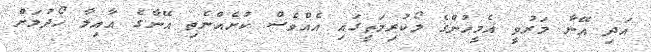
އަދި އޭނާ މަރުވީ އެމީހުންގެ ލޯކުރިމަތީގައި އެއްވެސް ކުށެއްނެތި އޭނާގެ އާއިލާ ހޯދުމަށް